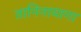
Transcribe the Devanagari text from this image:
तानिनायागा